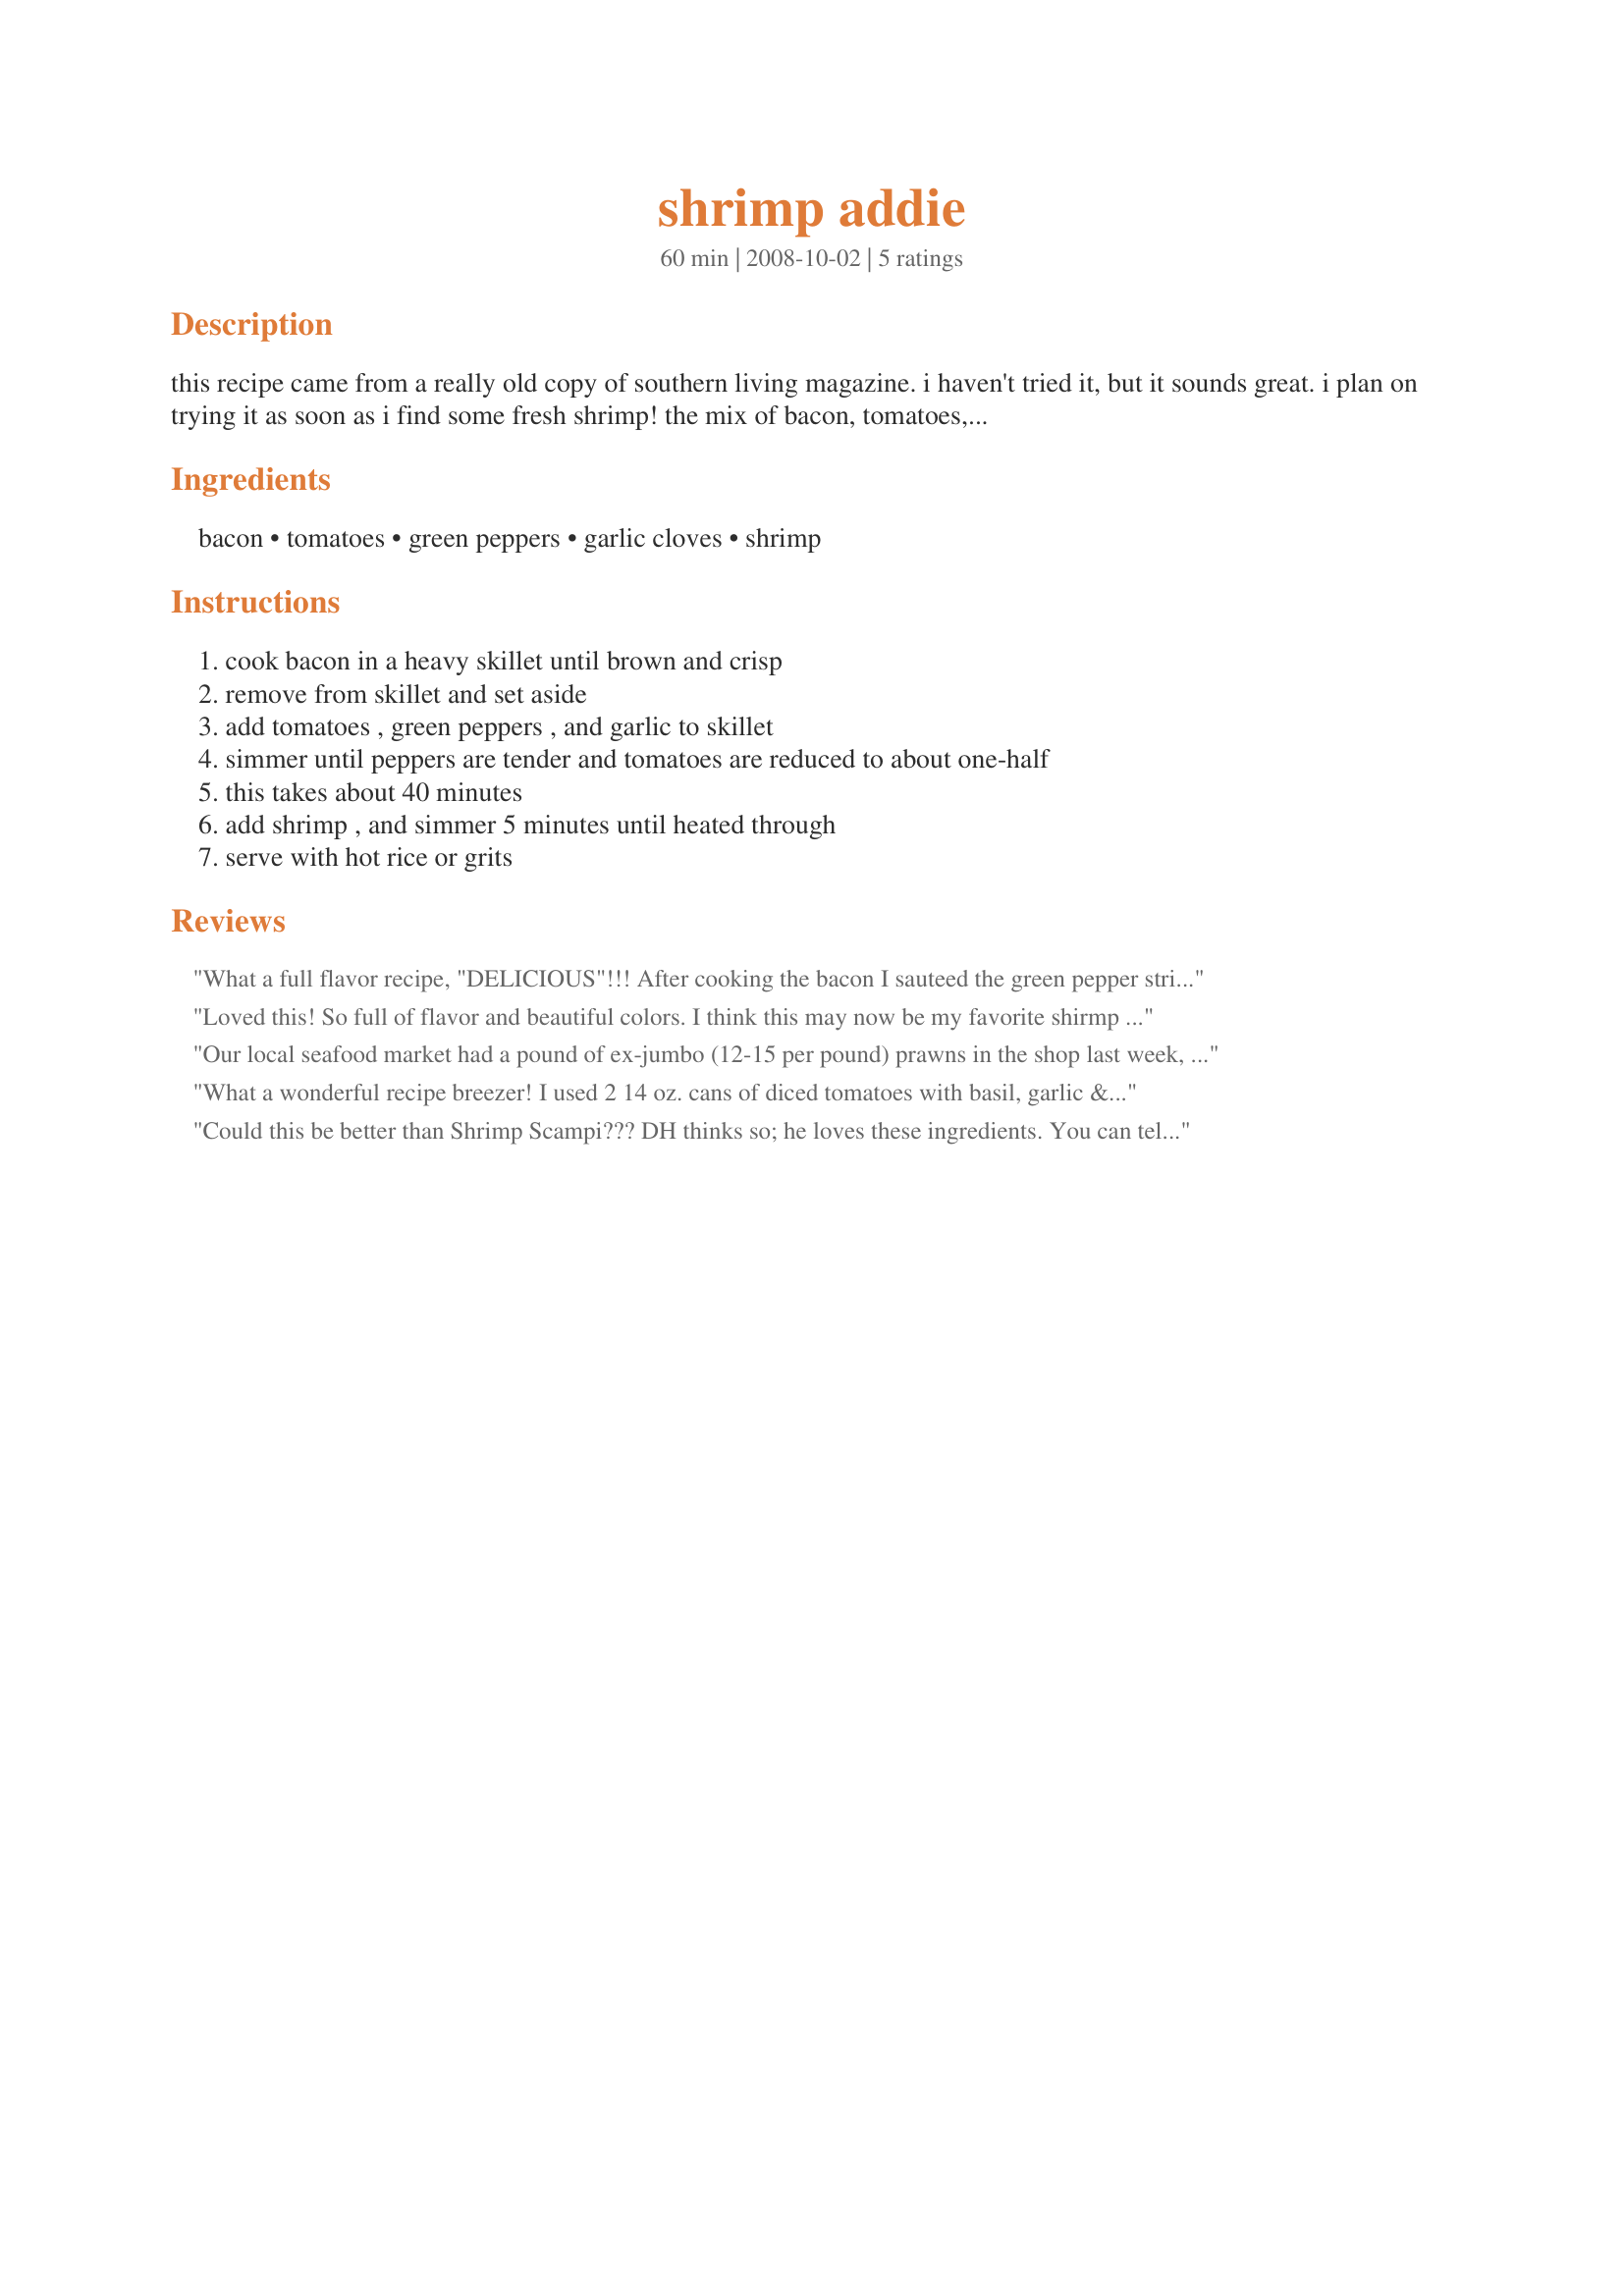
shrimp addie
Preparation time: 60 minutes

this recipe came from a really old copy of southern living magazine. i haven't tried it, but it sounds great. i plan on trying it as soon as i find some fresh shrimp! the mix of bacon, tomatoes, garlic, and bell peppers sounds great! serve over hot, cooked rice or grits. the original recipe didn't call for any seasoning, but i like to add a shake or two of recipe #187842, or something similar. also, have hot sauce on hand for those that like it hot!

Ingredients:
bacon, tomatoes, green peppers, garlic cloves, shrimp

Steps:
cook bacon in a heavy skillet until brown and crisp, remove from skillet and set aside, add tomatoes , green peppers , and garlic to skillet, simmer until peppers are tender and tomatoes are reduced to about one-half, this takes about 40 minutes, add shrimp , and simmer 5 minutes until heated through, serve with hot rice or grits

Reviews:
What a full flavor recipe, "DELICIOUS"!!! After cooking the bacon I sauteed the green pepper strips and garlic in the bacon grease for a few minutes before adding in the tomatoes, other than that made as written and after adding in the shrimp I stirred in the crumbled bacon before serving over Recipe #113983. This is defiantly a keeper, thanks for posting. Made for Mardi Gras Photo Tag.
Loved this! So full of flavor and beautiful colors. I think this may now be my favorite shirmp dish.
Our local seafood market had a pound of ex-jumbo (12-15 per pound) prawns in the shop last week, so I grabbed a pound and wanted to use this lovely recipe with the extra tomato/pepper/garlic mixture. We had a large group at our house, and this came in handy to serve. I made a large amount of rice, and set out the shrimp, bacon, and tomato mixture and people grabbed bowls (that had been warmed in the oven) put down the rice, added the wonderful tomatoes and put shrimp on top. Wow, this was wonderful! The only change I had was to add some sliced onions in with the tomatoes and sprinkled the bacon on top of each dish. Thank you so much breezer! Made for *Everyday is a Holiday* Dec 2008
What a wonderful recipe breezer! I used 2 14 oz. cans of diced tomatoes with basil, garlic & oregeno, and about 1 tsp. of red pepper flakes for some spice. Like Andi, I also added some onion to the mix. We served this over linguine last night, but will try over rice the next time. I love shrimp, love bacon, really loved this recipe!!!!
Could this be better than Shrimp Scampi??? DH thinks so; he loves these ingredients. You can tell it is an old SL recipe; today SL would tell you to drain off all but one tablespoon of bacon grease to be more dietarily correct. I made as directed, except I purchased 1 pound of Old Bay-seasoned steamed shrimp. I used a drained 28-ounce can of whole San Marzano tomatoes, but stewed tomatoes could be used as well. Easy dinner, you can introduce your desired seasoning through your shrimp or tomato choices. The author of this recipe obviously subscribes to the school of thought that every dish can be improved with the addition of bacon (and often, I think that camp is correct). It takes time to cook the bacon, and 45 minutes to simmer, but nothing is complicated and you don't have to tend to the dish slavishly. This was a very satisfying meal. Made for 1-2-3 Hits tag game.
